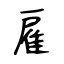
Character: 雇